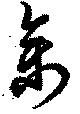
禽